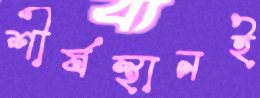
শীর্ষস্থানই